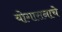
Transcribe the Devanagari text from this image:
योगासनाचे